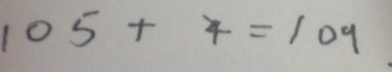
1 0 5 + 4 = 1 0 9 .